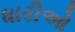
ધારીઓ